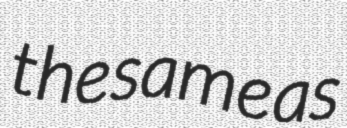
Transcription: the same as